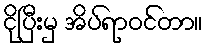
ငိုပြီးမှ အိပ်ရာဝင်တာ။